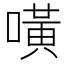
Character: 𠾛